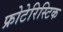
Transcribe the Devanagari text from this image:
फ्रोटेरिस्टिक